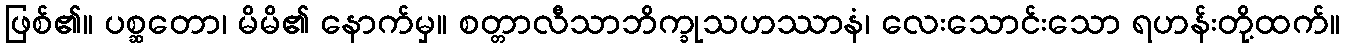
ဖြစ်၏။ ပစ္ဆတော၊ မိမိ၏ နောက်မှ။ စတ္တာလီသာဘိက္ခုသဟဿာနံ၊ လေးသောင်းသော ရဟန်းတို့ထက်။